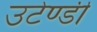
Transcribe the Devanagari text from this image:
उटेण्डी